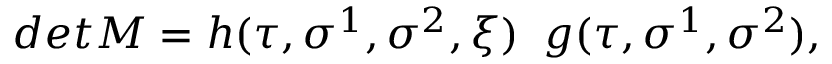
d e t M = h ( \tau , \sigma ^ { 1 } , \sigma ^ { 2 } , \xi ) \; \; g ( \tau , \sigma ^ { 1 } , \sigma ^ { 2 } ) , \nonumber